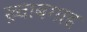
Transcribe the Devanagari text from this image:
ख़्वाबगाह